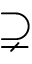
\supsetneq